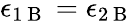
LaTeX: \epsilon_{1\mathrm{~B~}}=\epsilon_{2\mathrm{~B~}}